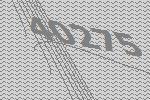
40275